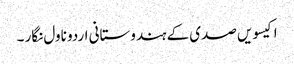
اکیسویں صدی کے ہندوستانی اردو ناول نگار ۔